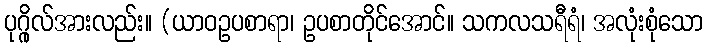
ပုဂ္ဂိုလ်အားလည်း။ (ယာဝဥပစာရာ၊ ဥပစာတိုင်အောင်။ သကလသရီရံ၊ အလုံးစုံသော